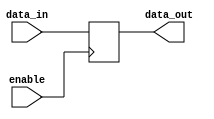
module tri_state_buffer(input enable, input data_in, output reg data_out);

always @ (posedge enable)
begin
  if (enable)
    data_out <= data_in;
  else
    data_out <= 1'bz;
end

endmodule